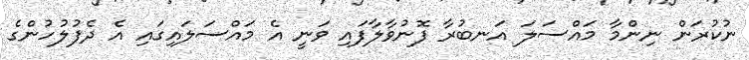
ނުކުރަން ނިންމާ މައްސަލަ އަނބުރާ ފޮނުވާލާފައި ވަނީ އެ މައްސަލައިގައި އެ ދެފުލުހުންގެ